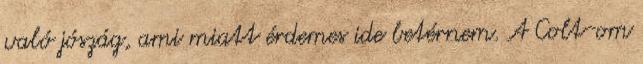
való jószág, ami miatt érdemes ide betérnem. A Colt-om